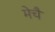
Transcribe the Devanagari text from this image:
मेचै